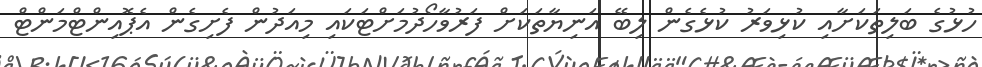
ހުޅުގެ ބަލިތަކަށާއި ކުޅިވަރު ކުޅެގެން ލިބޭ އަނިޔާތަކަށް ފަރުވާހޯދުމަށްޓަކައި މިއަދުން ފެށިގެން އެޕޮއިންޓްމަންޓް